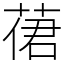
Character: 𦴨